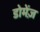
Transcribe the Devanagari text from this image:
डोमेंज़